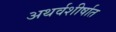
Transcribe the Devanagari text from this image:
अथर्वशीर्षात